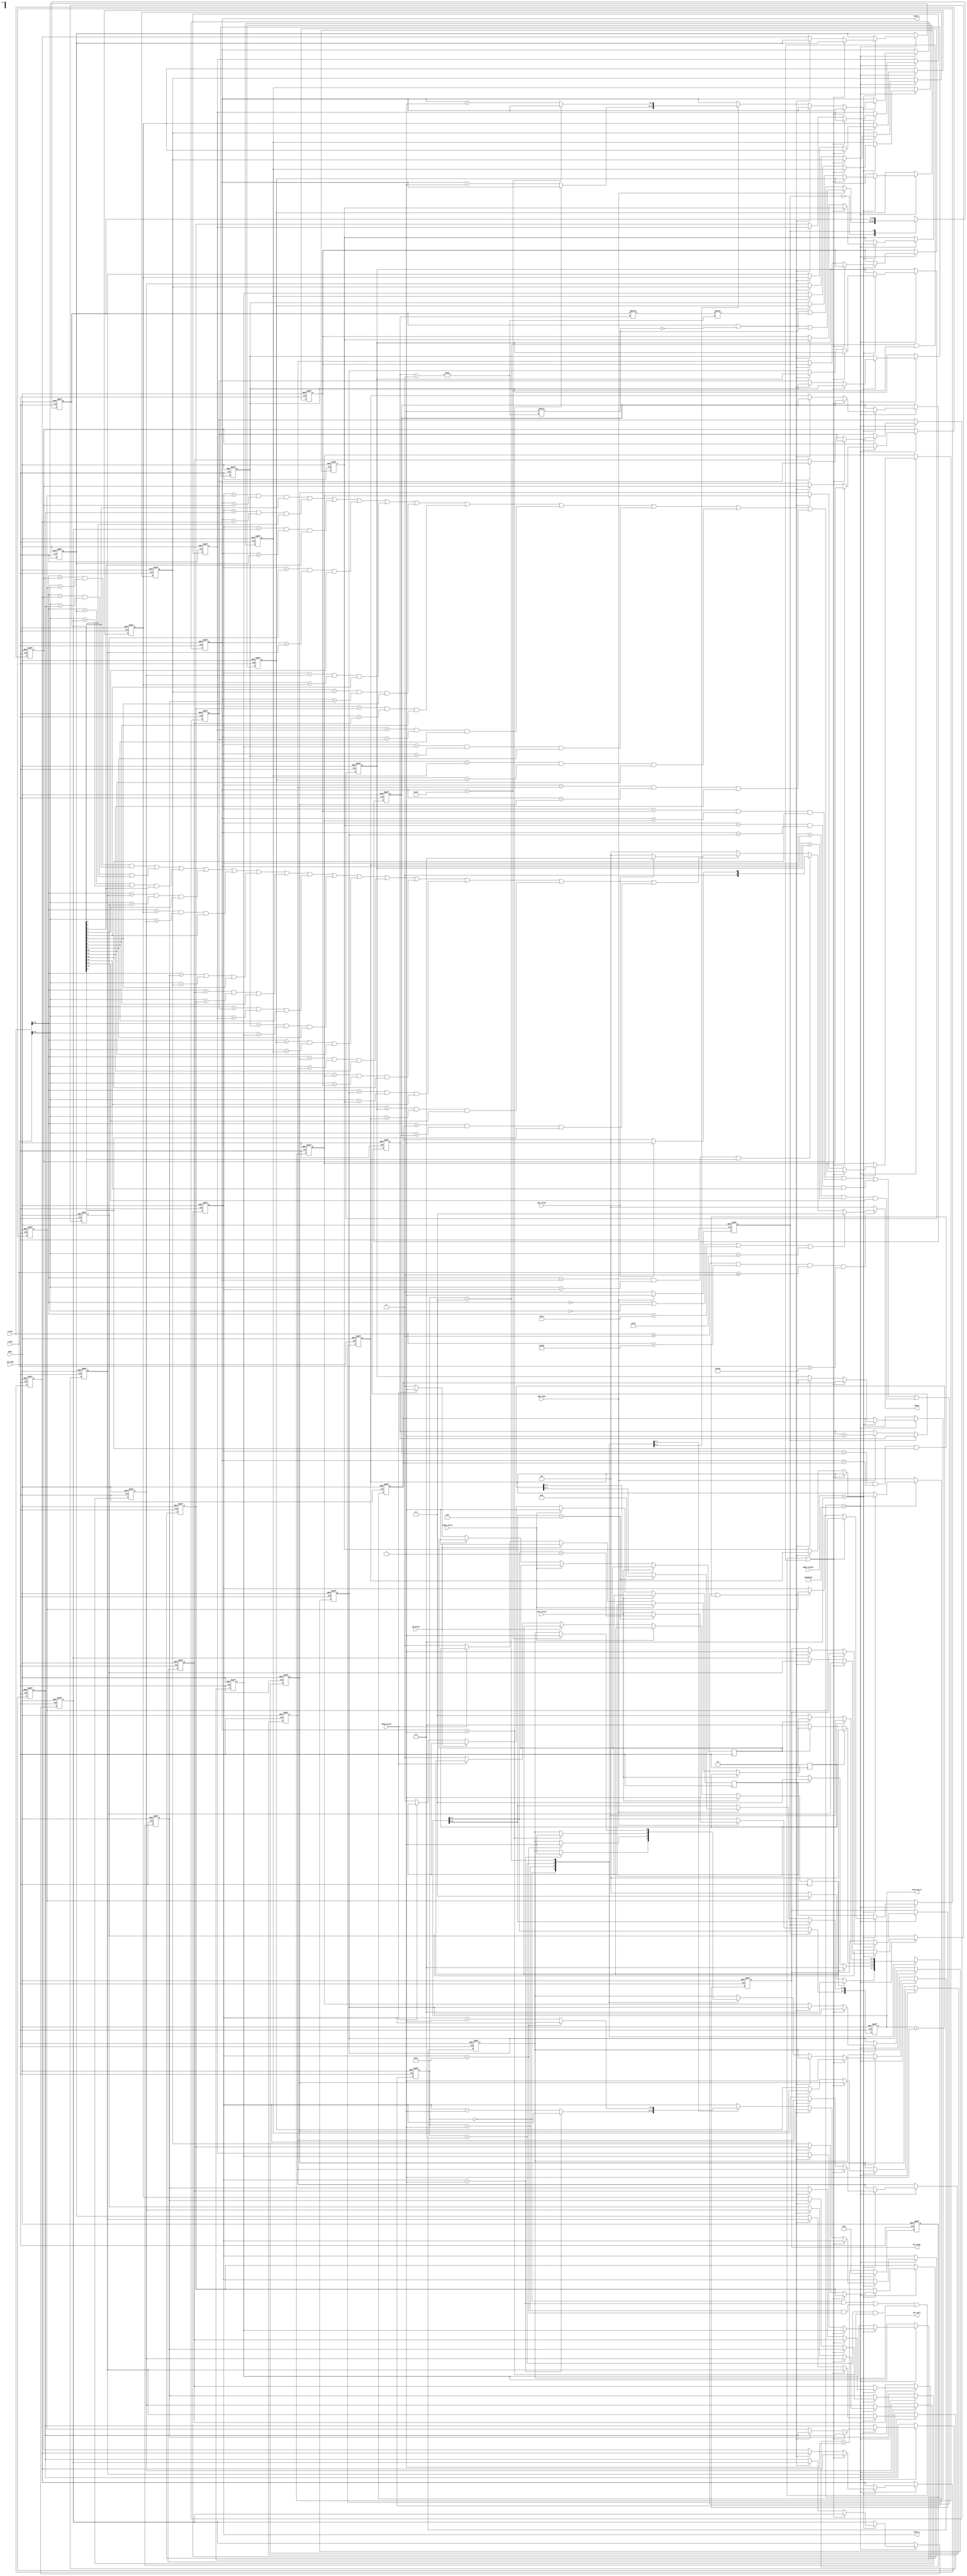
module Snake//
(
	input CLK_50M,
	input RSTn,
	
	input left_press,
	input right_press,
	input up_press,
	input down_press,
	
	output reg [1:0] snake,//  00 01 10 11
	
	input [9:0] x_pos,//45
	input [9:0] y_pos,//  
	
	output [5:0] head_x,	//X
	output [5:0] head_y,//Y
	
	input add_cube,//
	
	input [1:0] game_status,//

	
	output reg [7:0] cube_num_O,
	
	output reg hit_body,
	output reg hit_wall,
	input die_flash
);
/***************************************************************************/
	reg [7:0]cube_num;
	localparam UP = 2'b00;
	localparam DOWN = 2'b01;
	localparam LEFT = 2'b10;
	localparam RIGHT = 2'b11;
	
	
	localparam NONE = 2'b00;
	localparam HEAD = 2'b01;
	localparam BODY = 2'b10;
	localparam WALL = 2'b11;
	
	localparam PLAY = 2'b10;
	
/***************************************************************************/
/***************************************************************************/
	reg [31:0] cnt;
	
	wire [1:0] direct;
	reg [1:0] direct_r;
	
	assign direct = direct_r;
	
	reg [1:0] direct_next;
	
	reg change_to_left;
	reg change_to_right;
	reg change_to_up;
	reg change_to_down;
	
	reg [5:0] cube_x [15:0];//0~156bits
	reg [5:0] cube_y [15:0];//  16*16
	reg [15:0] is_exist;//10
	
	reg [2:0] color;//RGB
	
	assign head_x = cube_x[0];//cube_xcube_y

	assign head_y = cube_y[0];
	//cube[0]headheadDIE .EattingApple.
	//headhead_xhead_y

/***************************************************************************/
	
	always@(posedge CLK_50M or negedge RSTn)
	begin
		if(!RSTn)
			direct_r <= RIGHT;//
		else
			direct_r <= direct_next;//
	end
	
/***************************************************************************/
/***************************************************************************/
	
	always@(posedge CLK_50M or negedge RSTn)
	begin
		if(!RSTn)
			begin
				cnt <= 0;
				//XY
				cube_x[0] <= 10;//X10
				cube_y[0] <= 5;//Y5
				
				cube_x[1] <= 9;//X9
				cube_y[1] <= 5;//Y5
				
				cube_x[2] <= 8;//X8
				cube_y[2] <= 5;//Y5
				
				
				//016
				cube_x[3] <= 0;
				cube_y[3] <= 0;
				
				cube_x[4] <= 0;
				cube_y[4] <= 0;
				
				cube_x[5] <= 0;
				cube_y[5] <= 0;
				
				cube_x[6] <= 0;
				cube_y[6] <= 0;
				
				cube_x[7] <= 0;
				cube_y[7] <= 0;
				
				cube_x[8] <= 0;
				cube_y[8] <= 0;
				
				cube_x[9] <= 0;
				cube_y[9] <= 0;
				
				cube_x[10] <= 0;
				cube_y[10] <= 0;
				
				cube_x[11] <= 0;
				cube_y[11] <= 0;
				
				cube_x[12] <= 0;
				cube_y[12] <= 0;
				
				cube_x[13] <= 0;
				cube_y[13] <= 0;
				
				cube_x[14] <= 0;
				cube_y[14] <= 0;
				
				cube_x[15] <= 0;
				cube_y[15] <= 0;
				
				
				hit_wall <= 0;
				
				hit_body <= 0;
			end
		else
			begin//begin end
				cnt <= cnt + 1;//ELSE
				
				if(cnt == 12_500_000) //0.02us*12'500'000 = 0.25s   
					begin
						cnt <= 0;
						
						if(game_status == PLAY)
							begin
							//Y = 1Y = 28X = 1X = 38~
								if((direct == UP&&cube_y[0] == 1)|(direct == DOWN&&cube_y[0] == 28)|(direct == LEFT&&cube_x[0] == 1)|(direct == RIGHT&&cube_x[0] == 38))
									hit_wall <= 1;
								
								else if((cube_y[0] == cube_y[1]&&cube_x[0] == cube_x[1]&&is_exist[1] == 1)|
										(cube_y[0] == cube_y[2]&&cube_x[0] == cube_x[2]&&is_exist[2] == 1)|
										(cube_y[0] == cube_y[3]&&cube_x[0] == cube_x[3]&&is_exist[3] == 1)|
										(cube_y[0] == cube_y[4]&&cube_x[0] == cube_x[4]&&is_exist[4] == 1)|
										(cube_y[0] == cube_y[5]&&cube_x[0] == cube_x[5]&&is_exist[5] == 1)|
										(cube_y[0] == cube_y[6]&&cube_x[0] == cube_x[6]&&is_exist[6] == 1)|
										(cube_y[0] == cube_y[7]&&cube_x[0] == cube_x[7]&&is_exist[7] == 1)|
										(cube_y[0] == cube_y[8]&&cube_x[0] == cube_x[8]&&is_exist[8] == 1)|
										(cube_y[0] == cube_y[9]&&cube_x[0] == cube_x[9]&&is_exist[9] == 1)|
										(cube_y[0] == cube_y[10]&&cube_x[0] == cube_x[10]&&is_exist[10] == 1)|
										(cube_y[0] == cube_y[11]&&cube_x[0] == cube_x[11]&&is_exist[11] == 1)|
										(cube_y[0] == cube_y[12]&&cube_x[0] == cube_x[12]&&is_exist[12] == 1)|
										(cube_y[0] == cube_y[13]&&cube_x[0] == cube_x[13]&&is_exist[13] == 1)|
										(cube_y[0] == cube_y[14]&&cube_x[0] == cube_x[14]&&is_exist[14] == 1)|
										(cube_y[0] == cube_y[15]&&cube_x[0] == cube_x[15]&&is_exist[15] == 1))
										
										hit_body <= 1;//Y = Y  X = X    
								else
									 begin//~
										cube_x[1] <= cube_x[0];
										cube_y[1] <= cube_y[0];
										
										cube_x[2] <= cube_x[1];
										cube_y[2] <= cube_y[1];
										
										cube_x[3] <= cube_x[2];
										cube_y[3] <= cube_y[2];
										
										cube_x[4] <= cube_x[3];
										cube_y[4] <= cube_y[3];
										
										cube_x[5] <= cube_x[4];
										cube_y[5] <= cube_y[4];
										
										cube_x[6] <= cube_x[5];
										cube_y[6] <= cube_y[5];
										
										cube_x[7] <= cube_x[6];
										cube_y[7] <= cube_y[6];
										
										cube_x[8] <= cube_x[7];
										cube_y[8] <= cube_y[7];
										
										cube_x[9] <= cube_x[8];
										cube_y[9] <= cube_y[8];
										
										cube_x[10] <= cube_x[9];
										cube_y[10] <= cube_y[9];
										
										cube_x[11] <= cube_x[10];
										cube_y[11] <= cube_y[10];
										
										cube_x[12] <= cube_x[11];
										cube_y[12] <= cube_y[11];
										
										cube_x[13] <= cube_x[12];
										cube_y[13] <= cube_y[12];
										
										cube_x[14] <= cube_x[13];
										cube_y[14] <= cube_y[13];
										
										cube_x[15] <= cube_x[14];
										cube_y[15] <= cube_y[14];
										//  
										case(direct)//							
											UP:
												begin
													if(cube_y[0] == 1)
														hit_wall <= 1;
													else
														cube_y[0] <= cube_y[0] - 6'd1;// - 10Y - 1
												end
											
											DOWN:
												begin
													if(cube_y[0] == 28)
														hit_wall <= 1;
													else
														cube_y[0] <= cube_y[0] + 6'd1;
												end
											LEFT:
												begin
													if(cube_x[0] == 1)
														hit_wall <= 1;
													else
														cube_x[0] <= cube_x[0] - 6'd1;// + 10X - 1	
												end
											
											RIGHT:
												begin
													if(cube_x[0] == 38)
														hit_wall <= 1;
													else
														cube_x[0] <= cube_x[0] + 6'd1;
														// 
												end
										endcase																	
									 end					
							end
					end 
			end 
	end
/***************************************************************************/
	
	always@(*)//
	begin   //
		direct_next = direct;
		
		case(direct)
			UP://
				begin
					if(change_to_left)
						direct_next = LEFT;
					else if(change_to_right)
						direct_next = RIGHT;
					else
						direct_next = UP;
				end
			
			DOWN:
				begin
					if(change_to_left)
						direct_next = LEFT;
					else if(change_to_right)
						direct_next = RIGHT;
					else
						direct_next = DOWN;
				end		
			LEFT:
				begin
					if(change_to_up)
						direct_next = UP;
					else if(change_to_down)
						direct_next = DOWN;
					else
						direct_next = LEFT;
				end
			
			RIGHT:
				begin
					if(change_to_up)
						direct_next = UP;
					else if(change_to_down)
						direct_next = DOWN;
					else
						direct_next = RIGHT;
				end		
		endcase
	end
/***************************************************************************/
	
	always@(posedge CLK_50M)//
	begin
		if(left_press == 1)
				change_to_left <= 1;
		else if(right_press == 1)
				change_to_right <= 1;
		else if(up_press == 1)
				change_to_up <= 1;
		else if(down_press == 1)
				change_to_down <= 1;			
		else 
			begin
				change_to_left <= 0;
				change_to_right <= 0;
				change_to_up <= 0;
				change_to_down <= 0;
			end
	end
/***************************************************************************/
	reg addcube_state;//
	
	always@(posedge CLK_50M or negedge RSTn)//add_cube == 1"is_exixt[cube_num] <= 1",cube_num
		begin
			if(!RSTn)
				begin
					is_exist <= 16'd7;//0111
					cube_num <= 3;
					cube_num_O <= 0;
					addcube_state <= 0;//3is_exist = 0000_0000_0111
				end		
		   else 
				begin//
					case(addcube_state)
						0:
							begin
								if(add_cube)
									begin
										cube_num <= cube_num + 7'd1;
										cube_num_O <= cube_num_O + 1;
										if(cube_num_O[3:0] == 9)
										begin
											cube_num_O[3:0] <= 0;
											cube_num_O[7:4] <= cube_num_O[7:4] + 1;
										end
										is_exist[cube_num] <= 1;
										addcube_state <= 1;//
									end
								else
									begin
										cube_num <= cube_num;
										is_exist[cube_num] <= is_exist[cube_num];
										addcube_state <= addcube_state;
									end 
						   end
						1:
							begin
								if(!add_cube)//add_cube
									addcube_state <= 0;
								else
									addcube_state <= addcube_state;
						   end
					endcase
			   end
		end
	
	reg [3:0] lox;
	reg [3:0] loy;
	
	always@(x_pos or y_pos or is_exist or die_flash)//=
		begin
			if(x_pos >= 0&&x_pos<640&&y_pos >= 0&&y_pos<480)
				begin
					if(x_pos[9:4] == 0|y_pos[9:4] == 0|x_pos[9:4] == 39|y_pos[9:4] == 29)
						snake = WALL;//
					else if(x_pos[9:4] == cube_x[0]&&y_pos[9:4] == cube_y[0]&&is_exist[0] == 1)//
							snake = (die_flash == 1)?HEAD:NONE;//
					else if((x_pos[9:4] == cube_x[1]&&y_pos[9:4] == cube_y[1]&&is_exist[1] == 1)|
							 (x_pos[9:4] == cube_x[2]&&y_pos[9:4] == cube_y[2]&&is_exist[2] == 1)|
							 (x_pos[9:4] == cube_x[3]&&y_pos[9:4] == cube_y[3]&&is_exist[3] == 1)|
							 (x_pos[9:4] == cube_x[4]&&y_pos[9:4] == cube_y[4]&&is_exist[4] == 1)|
							 (x_pos[9:4] == cube_x[5]&&y_pos[9:4] == cube_y[5]&&is_exist[5] == 1)|
							 (x_pos[9:4] == cube_x[6]&&y_pos[9:4] == cube_y[6]&&is_exist[6] == 1)|
							 (x_pos[9:4] == cube_x[7]&&y_pos[9:4] == cube_y[7]&&is_exist[7] == 1)|
							 (x_pos[9:4] == cube_x[8]&&y_pos[9:4] == cube_y[8]&&is_exist[8] == 1)|
							 (x_pos[9:4] == cube_x[9]&&y_pos[9:4] == cube_y[9]&&is_exist[9] == 1)|
							 (x_pos[9:4] == cube_x[10]&&y_pos[9:4] == cube_y[10]&&is_exist[10] == 1)|
							 (x_pos[9:4] == cube_x[11]&&y_pos[9:4] == cube_y[11]&&is_exist[11] == 1)|
							 (x_pos[9:4] == cube_x[12]&&y_pos[9:4] == cube_y[12]&&is_exist[12] == 1)|
							 (x_pos[9:4] == cube_x[13]&&y_pos[9:4] == cube_y[13]&&is_exist[13] == 1)|
							 (x_pos[9:4] == cube_x[14]&&y_pos[9:4] == cube_y[14]&&is_exist[14] == 1)|
							 (x_pos[9:4] == cube_x[15]&&y_pos[9:4] == cube_y[15]&&is_exist[15] == 1))
													
							snake = (die_flash == 1)?BODY:NONE;//
					else 
							snake = NONE;
				end
			else
			snake = NONE;
		end
	
endmodule